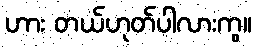
ဟား တယ်ဟုတ်ပါလားကွ။